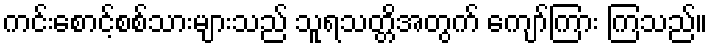
ကင်းစောင့်စစ်သားများသည် သူရသတ္တိအတွက် ကျော်ကြား ကြသည်။